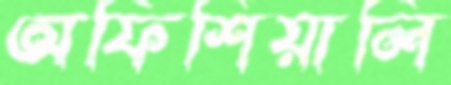
অফিশিয়ালি